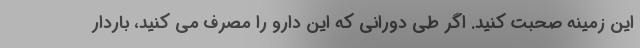
این زمینه صحبت کنید. اگر طی دورانی که این دارو را مصرف می کنید، باردار